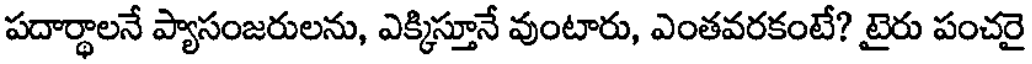
పదార్థాలనే ప్యాసంజరులను, ఎక్కిస్తూనే వుంటారు, ఎంతవరకంటే? టైరు పంచరై